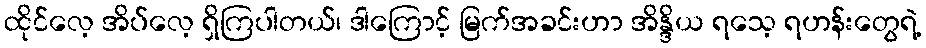
ထိုင်လေ့ အိပ်လေ့ ရှိကြပါတယ်၊ ဒါကြောင့် မြက်အခင်းဟာ အိန္ဒိယ ရသေ့ ရဟန်းတွေရဲ့